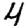
Digit: 4